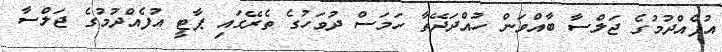
އުފެއްދުމުގެ ޖަލްސާ ބާއްވަން ހުއްދަދޭތާ ހަމަސް ދުވަހުގެ ތެރޭގައި ޕާޓީ އުފެއްދުމުގެ ޖަލްސާ